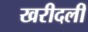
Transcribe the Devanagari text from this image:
खरीदली